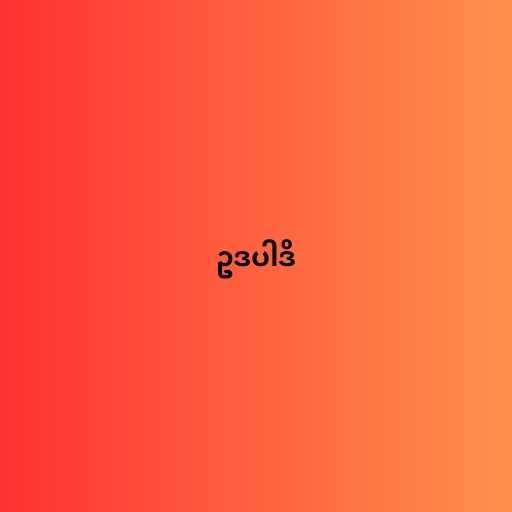
ဥဒပါဒိ